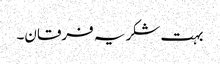
بہت شکریہ فرقان۔